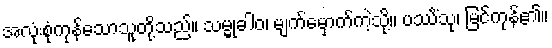
အလုံးစုံကုန်သောသူတို့သည်။ သမ္မုခါဝ၊ မျက်မှောက်ကဲ့သို့။ ပဿိံသု၊ မြင်ကုန်၏။